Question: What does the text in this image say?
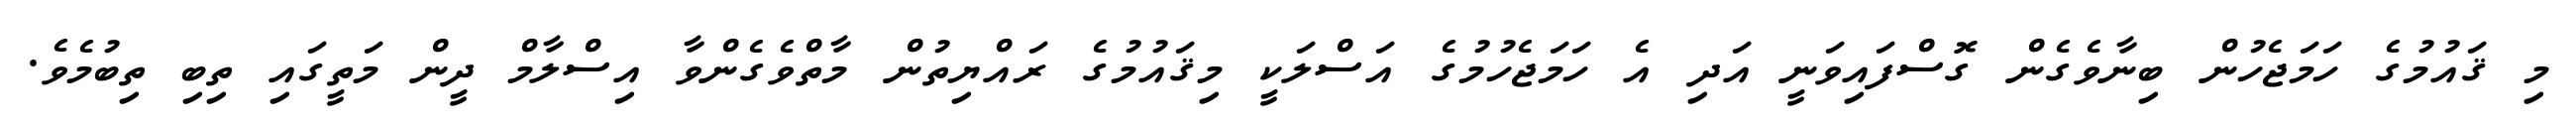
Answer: މި ޤައުމުގެ ހަމަޖެހުން ބިނާވެގެން ގޮސްފައިވަނީ އަދި އެ ހަމަޖެހުމުގެ އަސްލަކީ މިޤައުމުގެ ރައްޔިތުން މާތްވެގެންވާ އިސްލާމް ދީން މަތީގައި ތިބި ތިބުމެވެ.